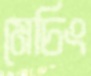
মেচিং